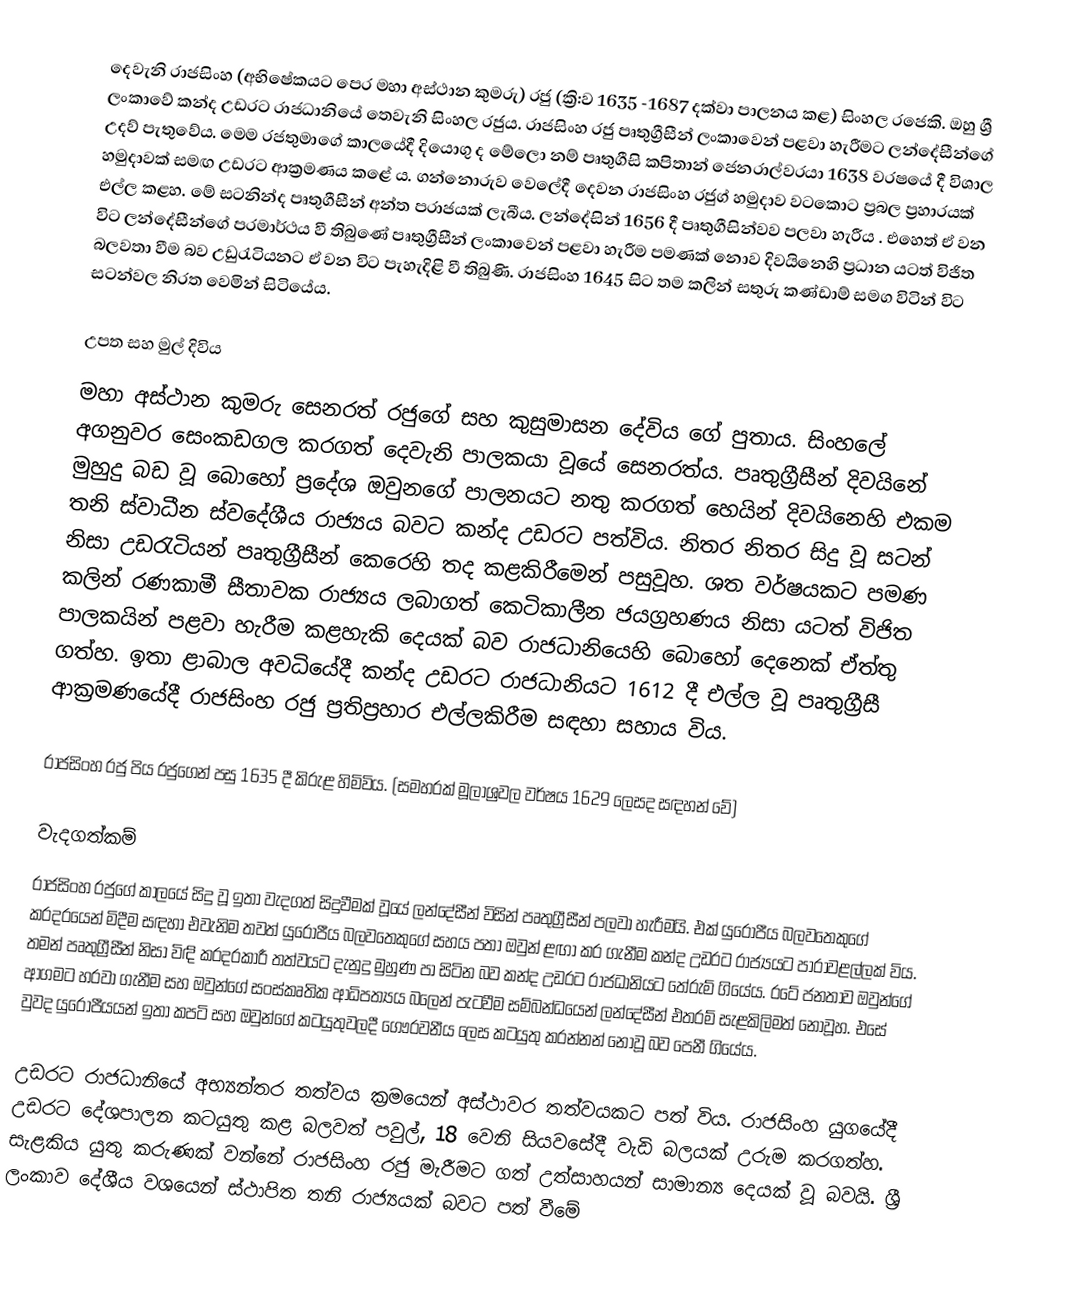
දෙවැනි රාජසිංහ (අභිෂේකයට පෙර මහා අස්ථාන කුමරු) රජු (ක්‍රි:ව 1635 -1687 දක්වා පාලනය කළ) සිංහල රජෙකි.  ඔහු ශ්‍රී ලංකාවේ කන්ද උඩරට රාජධානියේ තෙවැනි සිංහල රජුය.  රාජසිංහ රජු පෘතුග්‍රීසීන් ලංකාවෙන් පළවා හැරීමට ලන්දේසීන්ගේ උදව් පැතුවේය. මෙම රජතුමාගේ කාලයේදී දියොගු ද මේලො නම් පෘතුගීසි කපිතාන් ජෙනරාල්වරයා 1638 වරෂයේ දී විශාල හමුදාවක් සමඟ උඩරට ආක්‍රමණය කළේ ය. ගන්නොරුව වෙලේදී දෙවන රාජසිංහ රජු⁣ග් හමුදාව වටකොට ප්‍රබල ප්‍රහාරයක් එල්ල කළහ. මේ සටනින්ද පෘතුගීසීන් අන්ත පරාජයක් ලැබීය. ලන්දේසින් 1656 දී පෘතුගීසින්වව පලවා හැරීය .  එහෙත් ඒ වන විට ලන්දේසීන්ගේ පරමාර්ථය වී තිබුණේ පෘතුග්‍රීසීන් ලංකාවෙන් පළවා හැරීම පමණක් නොව දිවයිනෙහි ප්‍රධාන යටත් විජිත බලවතා වීම බව උඩුරැටියනට ඒ වන විට පැහැදිළි වී තිබුණි.  රාජසිංහ 1645 සිට තම කලින් සතුරු කණ්ඩාම්  සමග විටින් විට සටන්වල නිරත වෙමින් සිටියේය.

උපත සහ මුල් දිවිය
මහා අස්ථාන කුමරු සෙනරත් රජුගේ සහ කුසුමාසන දේවිය ගේ  පුතාය.  සිංහලේ අගනුවර සෙංකඩගල කරගත් දෙවැනි පාලකයා වූයේ සෙනරත්ය.  පෘතුග්‍රීසීන් දිවයිනේ මුහුදු බඩ වූ බොහෝ ප්‍රදේශ ඔවුනගේ පාලනයට නතු කරගත් හෙයින් දිවයිනෙහි එකම තනි ස්වාධීන ස්වදේශීය රාජ්‍යය බවට කන්ද උඩරට පත්විය.  නිතර නිතර සිදු වූ සටන් නිසා උඩරැටියන් පෘතුග්‍රීසීන් කෙරෙහි තද කළකිරීමෙන් පසුවූහ.  ශත වර්ෂයකට පමණ කලින් රණකාමී සීතාවක රාජ්‍යය ලබාගත් කෙටිකාලීන ජයග්‍රහණය නිසා යටත් විජිත පාලකයින් පළවා හැරීම කළහැකි දෙයක් බව රාජධානියෙහි බො‍හෝ දෙනෙක් ඒත්තු ගත්හ.  ඉතා ළාබාල අවධියේදී කන්ද උඩරට ‍රාජධානියට 1612 දී එල්ල වූ පෘතුග්‍රීසී ආක්‍රමණයේදී රාජසිංහ රජු ප්‍රතිප්‍රහාර එල්ලකිරීම සඳහා සහාය විය.

රාජසිංහ රජු පිය රජුගෙන් පසු 1635 දී කිරුළ හිමිවිය.  (සමහරක් මූලාශ්‍රවල වර්ෂය 1629 ලෙසද සඳහන් වේ)

වැදගත්කම්
රාජසිංහ රජුගේ කාලයේ සිදු වූ ඉතා වැදගත් සිදුවීමක් වූයේ ලන්දේසීන් විසින් පෘතුග්‍රීසීන් පලවා හැරීමයි. එක් යුරෝපීය බලවතෙකුගේ කරදරයෙන් මිදීම සඳහා එවැනිම තවත් යුරෝපීය බලවතෙකුගේ සහය පතා ඔවුන් ළඟා කර ගැනීම කන්ද උඩරට රාජ්‍යයට පාරාවළල්ලක් විය. තමන් පෘතුග්‍රීසීන් නිසා විඳි කරදරකාරී තත්වයට දැනුදු මුහුණ පා සිටින බව කන්ද උඩරට රාජධානියට තේරුම් ගියේය. රටේ ජනතාව ඔවුන්ගේ ආගමට හරවා ගැනීම සහ ඔවුන්ගේ සංස්කෘතික ආධිපත්‍යය බලෙන් පැටවීම සම්බන්ධයෙන් ලන්දේසීන් එතරම් සැළකිලිමත් නොවූහ. එසේ වුවද යුරෝපීයයන් ඉතා කපටි සහ ඔවුන්ගේ කටයුතුවලදී ගෞරවනීය ලෙස කටයුතු කරන්නන් නොවූ බව පෙනී ගියේය.

උඩරට රාජධානියේ අභ්‍යන්තර තත්වය ක්‍රමයෙන් අස්ථාවර තත්වයකට පත් විය. රාජසිංහ යුගයේදී උඩරට දේශපාලන කටයුතු කළ බලවත් පවුල්, 18 වෙනි සියවසේදී වැඩි බලයක් උරුම කරගත්හ. සැළකිය යුතු කරුණක් වන්නේ රාජසිංහ රජු මැරීමට ගත් උත්සාහයන් සාමාන්‍ය දෙයක් වූ බවයි. ශ්‍රී ලංකාව දේශීය වශයෙන් ස්ථාපිත තනි රාජ්‍යයක් බවට පත් වීමේ